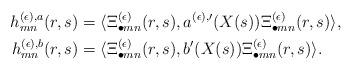
LaTeX: \begin{align*}h^{(\epsilon),a}_{mn}(r,s)&=\langle\Xi^{(\epsilon)}_{\bullet mn}(r,s),a^{(\epsilon),\prime}(X(s))\Xi^{(\epsilon)}_{\bullet mn}(r,s)\rangle,\\h^{(\epsilon),b}_{mn}(r,s)&=\langle\Xi^{(\epsilon)}_{\bullet mn}(r,s),b'(X(s))\Xi^{(\epsilon)}_{\bullet mn}(r,s)\rangle.\end{align*}